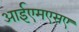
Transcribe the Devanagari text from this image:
आईएमएसए